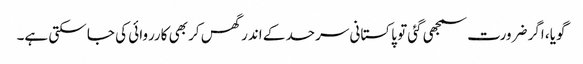
گویا، اگر ضرورت سمجھی گئی تو پاکستانی سرحد کے اندر گھس کر بھی کارروائی کی جا سکتی ہے۔